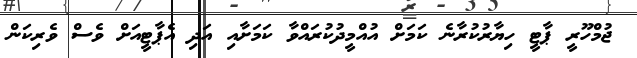
ޖުމްހޫރީ ޕާޓީ ހިޔާރުކުރާނެ ކަމަށް އުއްމީދުކުރައްވާ ކަމަށާއި އަދި އެޕާޓީއަށް ވެސް ވެެރިކަން